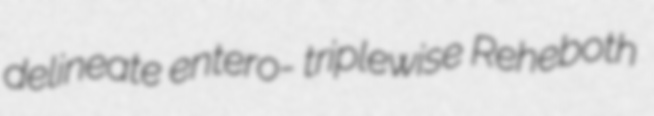
delineate entero- triplewise Reheboth